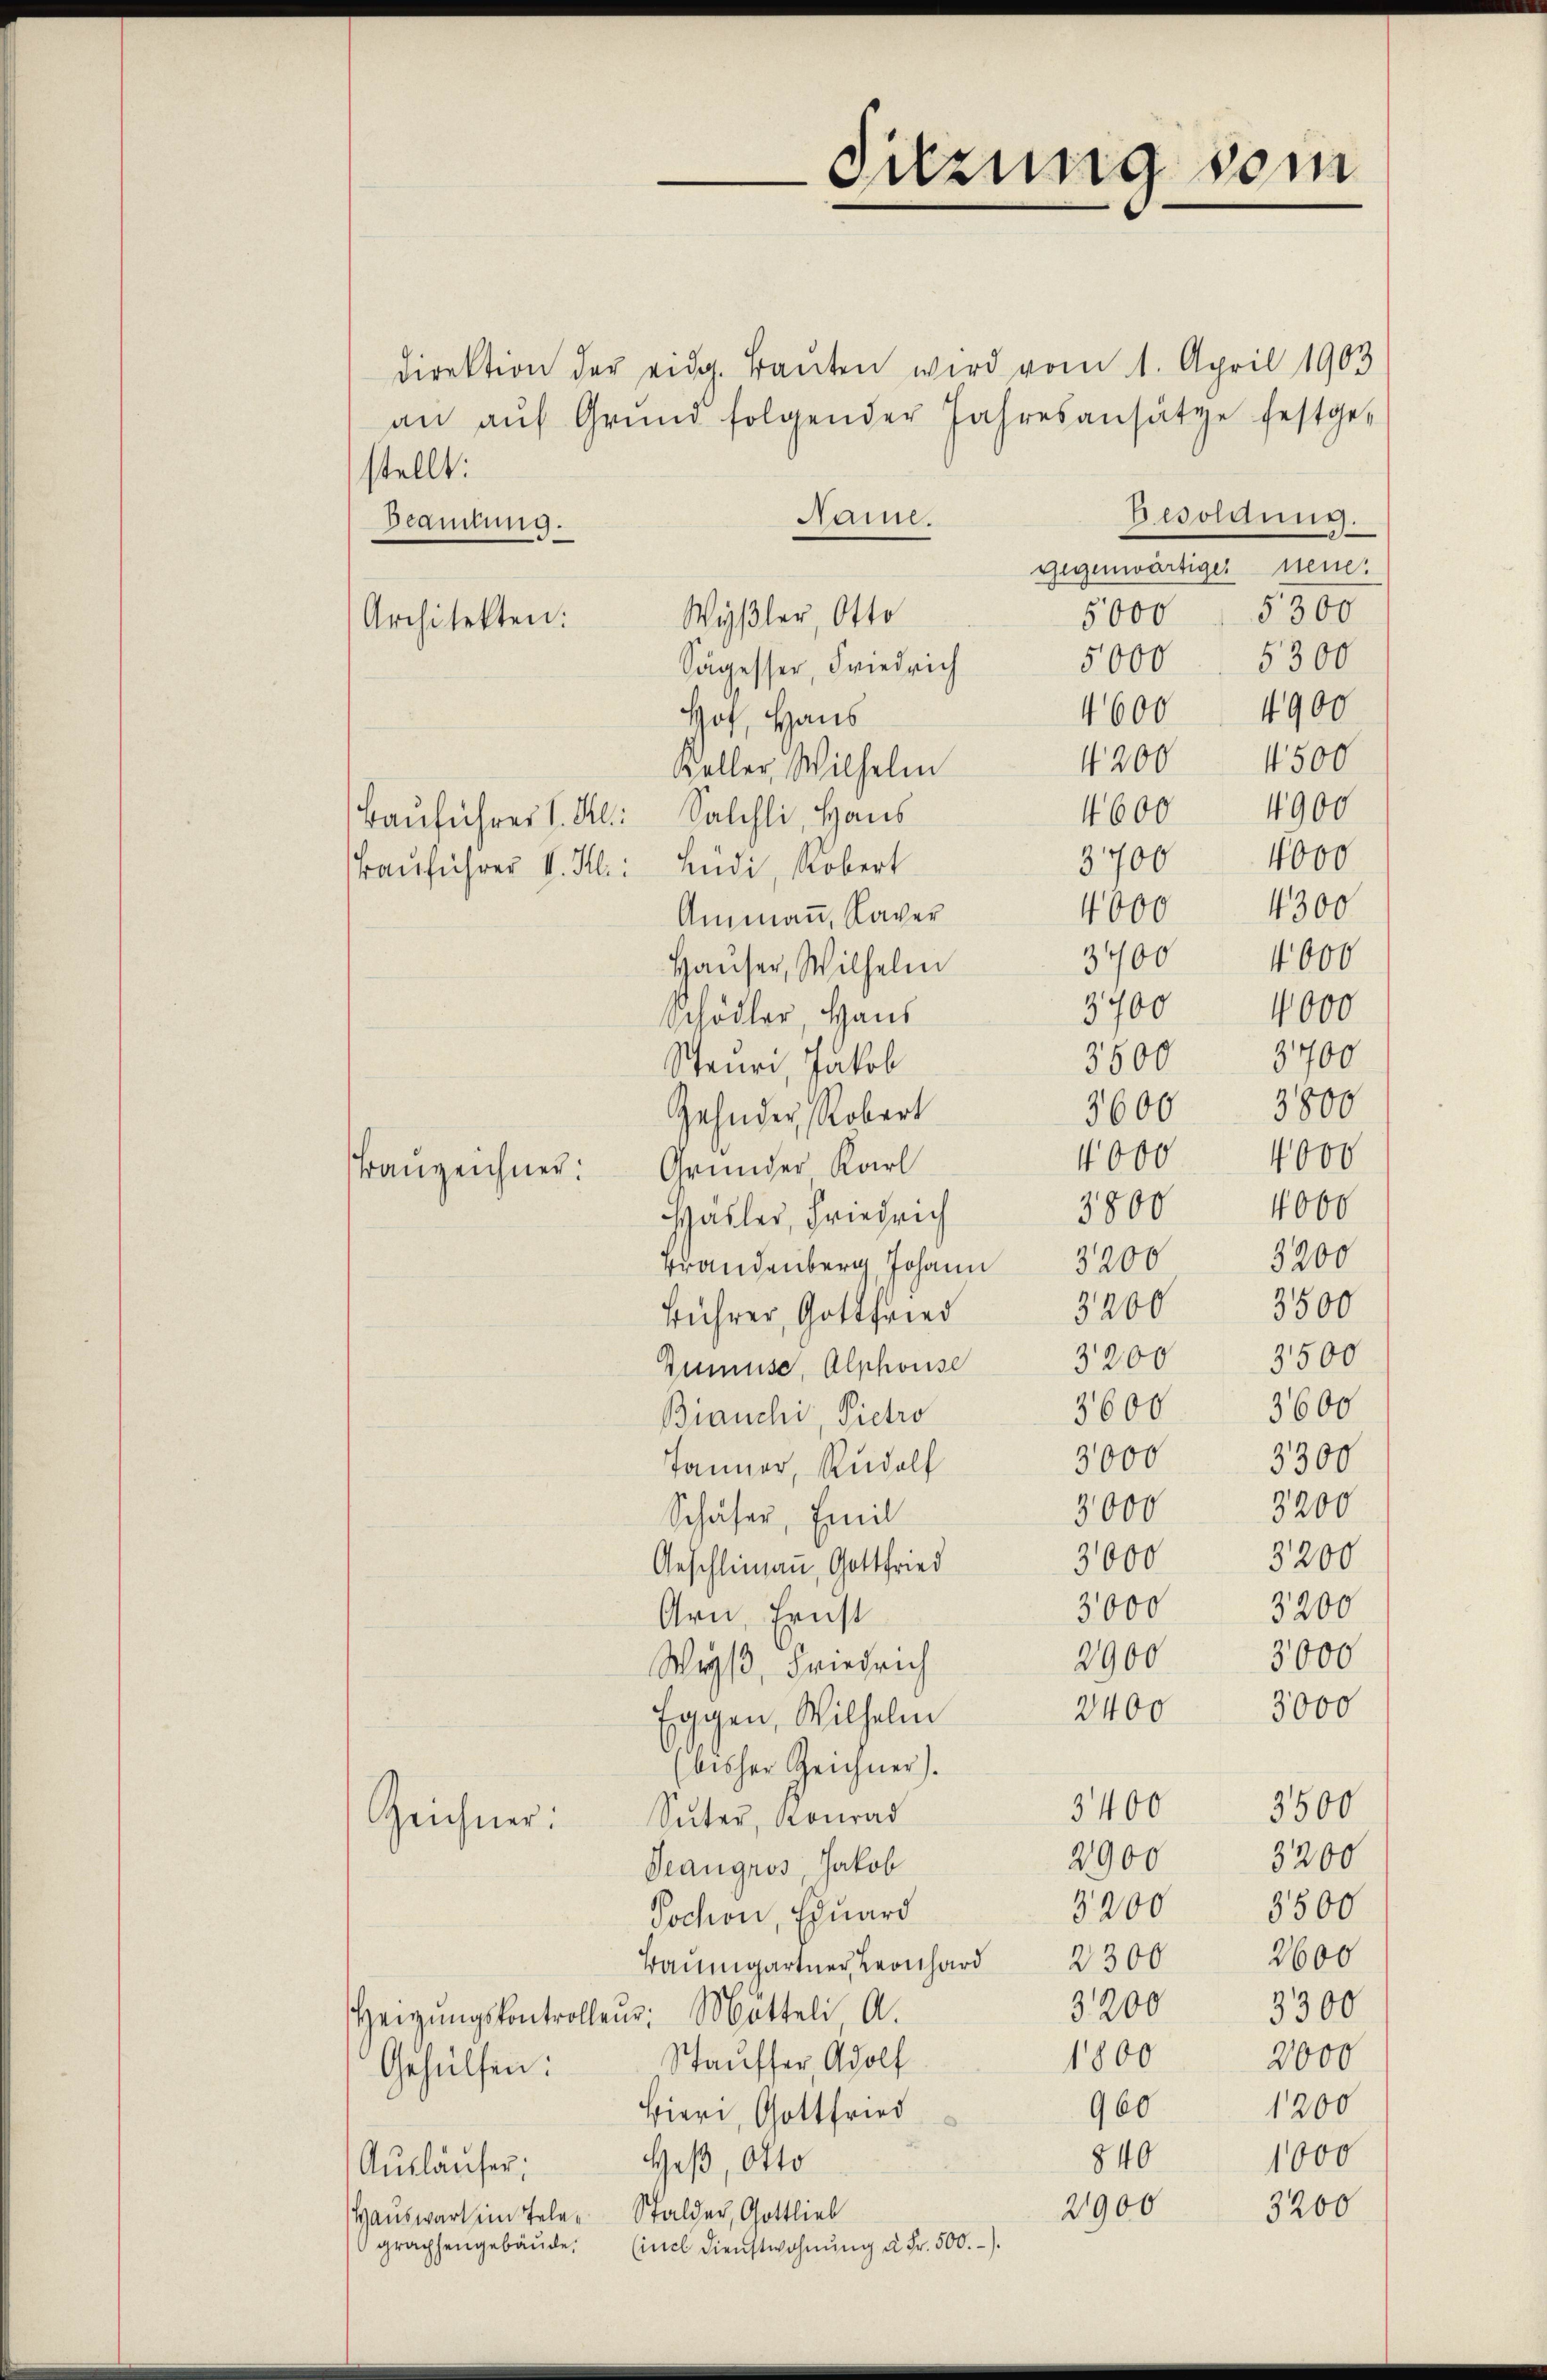
direktion der eidg. Baŭten wird vom 1. April 1903
an aŭf Grŭnd folgender Jahresansätze festge-
stellt:
Besoldung.
Nam.
Scamlung.
Gegenwärtiger neue.
5000 " 5300
Wyßler, Otto
Architekten:
5000. 5300
Sägesser, Friedrich
4600 4900
Hof, Haus
4200. 4500
Keller, Wilhelm
4600 4900
3700 000
4000 4300
Ammann, Kaver
3700 4000
Hauser, Wilhelm
3700
4000
Schödler, Haus
3700
5500
Scheuri, Jakob
3600. 3800
Zehnder, Robert
4000
4000
Gründer Karl
4000
3800
Hähler, Friedrich
3200
Brandenberg, Johann 3200
3500
3200
Führer, Gottfried
3500
3200
Rumise, Alphouse
3600
3600
Bianchi, Pictro
3300
3000
Jänner, Rudolf
3200
3000
Schäfer, Emil
3200
3000
Geschlimann, Gottfried
3000
3200
Arn, Ernst
2900 3000
Weys, Friedrich
3000
2400
Eggen, Wilhelm
bisher Zeichner).
3400 3500
Suter, Konrad
Zeichner:
2900
3200
Seangros, Jakob
3200 8500
Jochon, Eduard
2600
Baŭmgartner Leonhard 2300
3200
3300
Heigŭngskontrolleur: Mitteli A.
2000
1800
Stauffer, Adolf
Gehülfen:
1200
960
Bieri, Gottfried
840
1000
Heß, Otto
Ausläufer.
3200
2900
Hauswart im Telen Stalder, Gottlieb
graphengebäŭde. (incl. Dienstwohnŭng u. Fr. 500.-.

Bauführer V. Kl. Salchli, Haus
Bauführer V. M: Lüdi, Robert

Frauzeichner.

irung vom